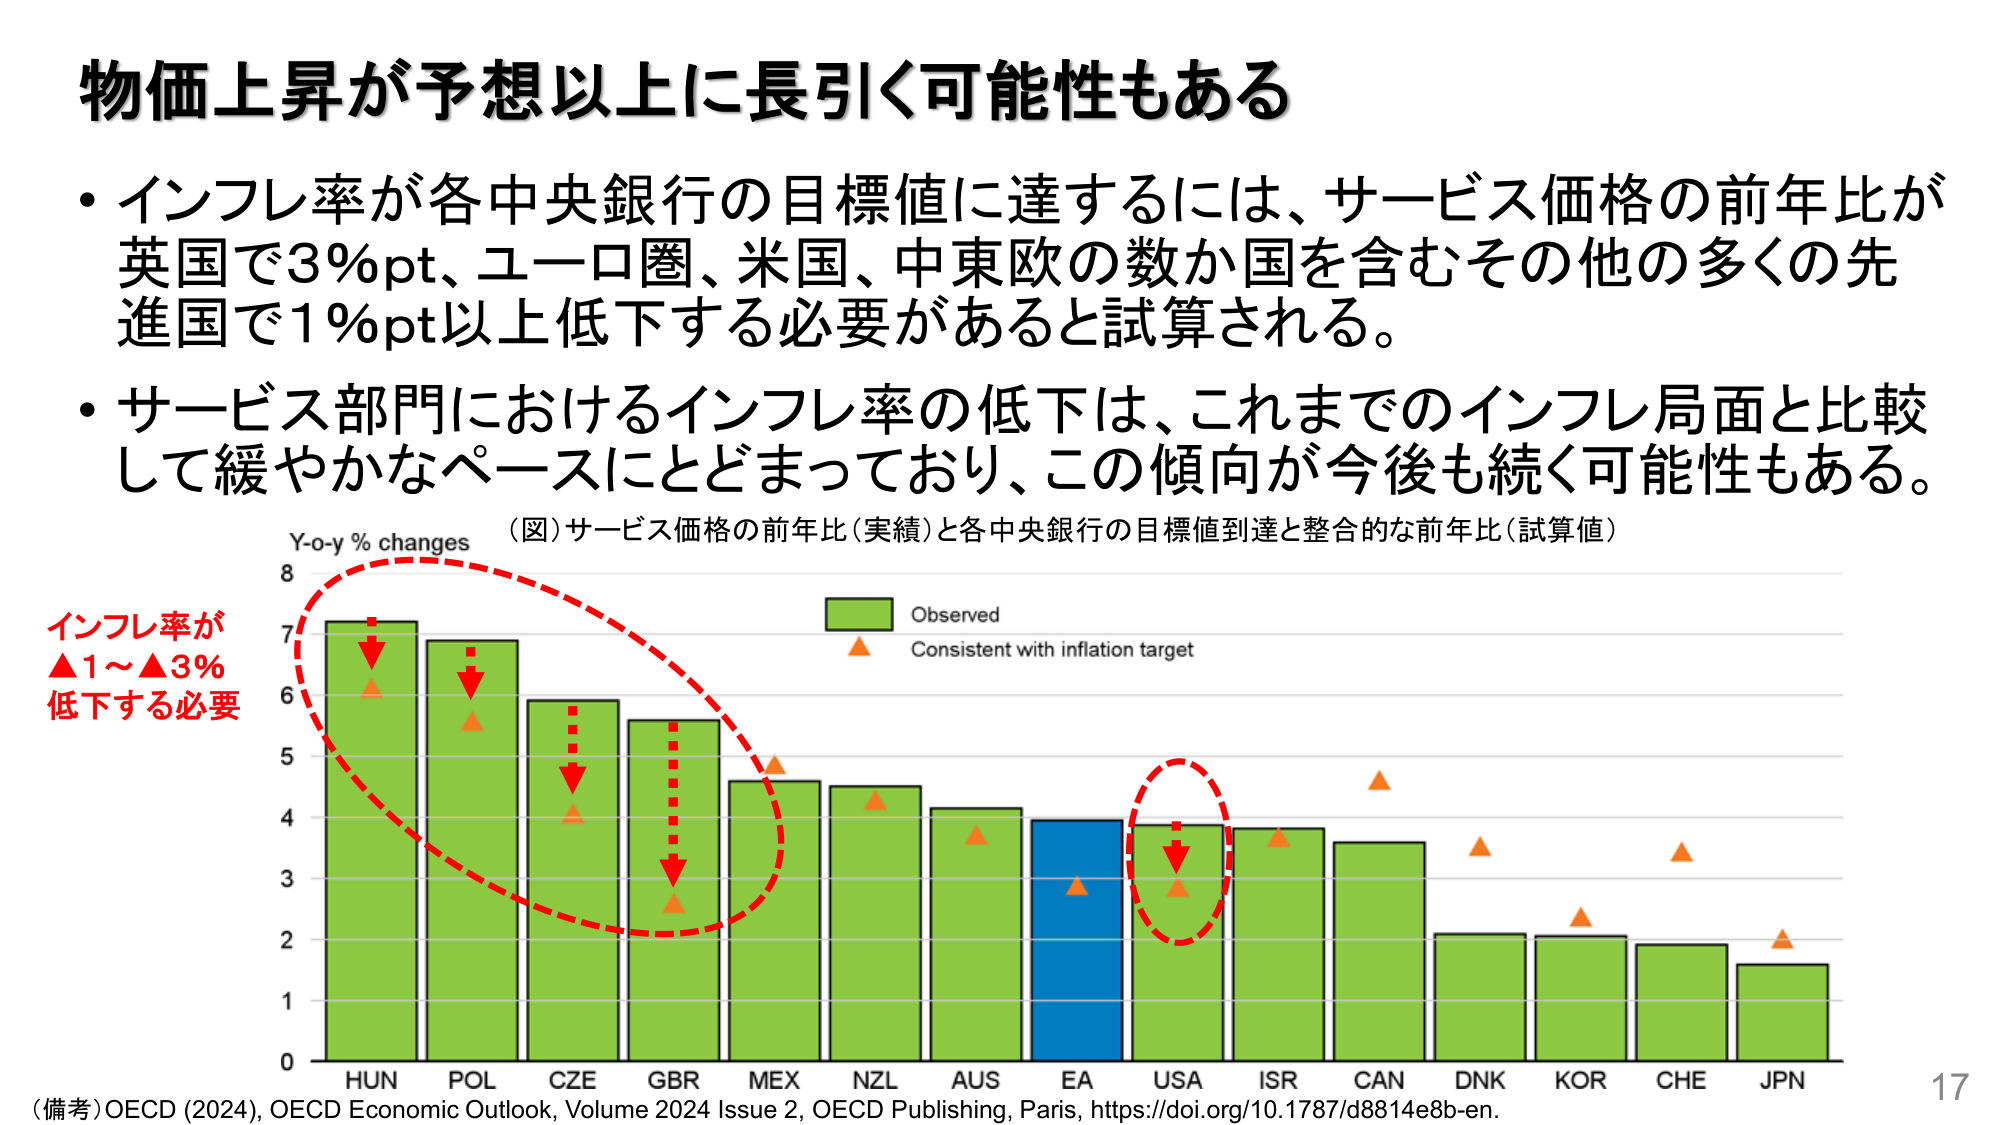
物価上昇が予想以上に長引く可能性もある

・インフレ率が各中央銀行の目標値に達するには、サービス価格の前年比が英国で3%pt、ユーロ圏、米国、中東欧の数か国を含むその他の多くの先進国で1%pt以上低下する必要があると試算される。

・サービス部門におけるインフレ率の低下は、これまでのインフレ局面と比較して緩やかなペースにとどまっており、この傾向が今後も続く可能性もある。

（図）サービス価格の前年比（実績）と各中央銀行の目標値到達と整合的な前年比（試算値）

Y-o-y % changes

Observed
Consistent with inflation target

インフレ率が
▲1～▲3%
低下する必要

HUN POL CZE GBR MEX NZL AUS EA USA ISR CAN DNK KOR CHE JPN

（備考）OECD (2024), OECD Economic Outlook, Volume 2024 Issue 2, OECD Publishing, Paris, https://doi.org/10.1787/d8814e8b-en.

17